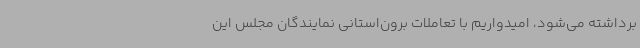
برداشته می‌شود، امیدواریم با تعاملات برون‌استانی نمایندگان مجلس این